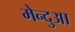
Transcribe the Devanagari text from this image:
मेन्दुआ